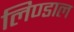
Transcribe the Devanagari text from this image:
लिण्डाल